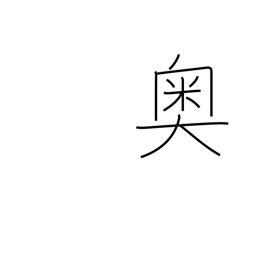
Meaning: interior